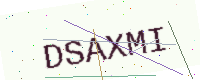
Text: DSAXMI